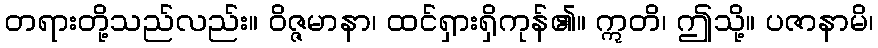
တရားတို့သည်လည်း။ ဝိဇ္ဇမာနာ၊ ထင်ရှားရှိကုန်၏။ ဣတိ၊ ဤသို့။ ပဇာနာမိ၊